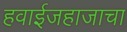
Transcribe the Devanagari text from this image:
हवाईजहाजाचा